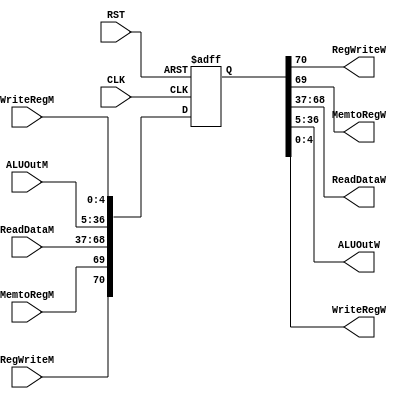
module Memory_to_Writeback_Register #(
parameter ReadDat_width = 32 ,
          ALUOut_width = 32 ,
          WriteReg_width = 5
) (
input wire                                   CLK,
input wire                                   RST,
input wire                                   RegWriteM,
input wire                                   MemtoRegM,
input wire      [ReadDat_width-1:0]          ReadDataM,
input wire      [ALUOut_width-1:0]           ALUOutM,
input wire      [WriteReg_width-1:0]         WriteRegM,

output reg                                   RegWriteW,
output reg                                   MemtoRegW,
output reg      [ReadDat_width-1:0]          ReadDataW,
output reg      [ALUOut_width-1:0]           ALUOutW,
output reg      [WriteReg_width-1:0]         WriteRegW
);

reg  [2+ReadDat_width+ALUOut_width+WriteReg_width-1:0]    OUT_s;
wire [2+ReadDat_width+ALUOut_width+WriteReg_width-1:0]    IN_s;

assign  {RegWriteW, MemtoRegW, ReadDataW, ALUOutW, WriteRegW} = OUT_s ;
assign  IN_s = {RegWriteM, MemtoRegM, ReadDataM, ALUOutM, WriteRegM} ;

always @(posedge CLK or negedge RST) begin
   if (!RST) begin
    OUT_s <= 'd0;
   end else begin
    OUT_s <= IN_s;
   end
end

endmodule